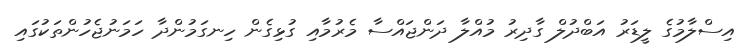
އިސްލާމުގެ ލީޑަރު އަބްދުލް ގާދިރު މުއްލާ ދަންޖައްސާ މެރުމާއި ގުޅިގެން ހިނގަމުންދާ ހަމަނުޖެހުންތަކުގައި